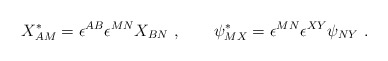
\begin{align*}X_{AM}^* = \epsilon^{AB} \epsilon^{MN} X_{BN}\ , \qquad\psi_{MX}^* = \epsilon^{MN} \epsilon^{XY} \psi_{NY}\ .\end{align*}